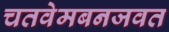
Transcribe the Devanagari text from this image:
चतवेमबनजवत